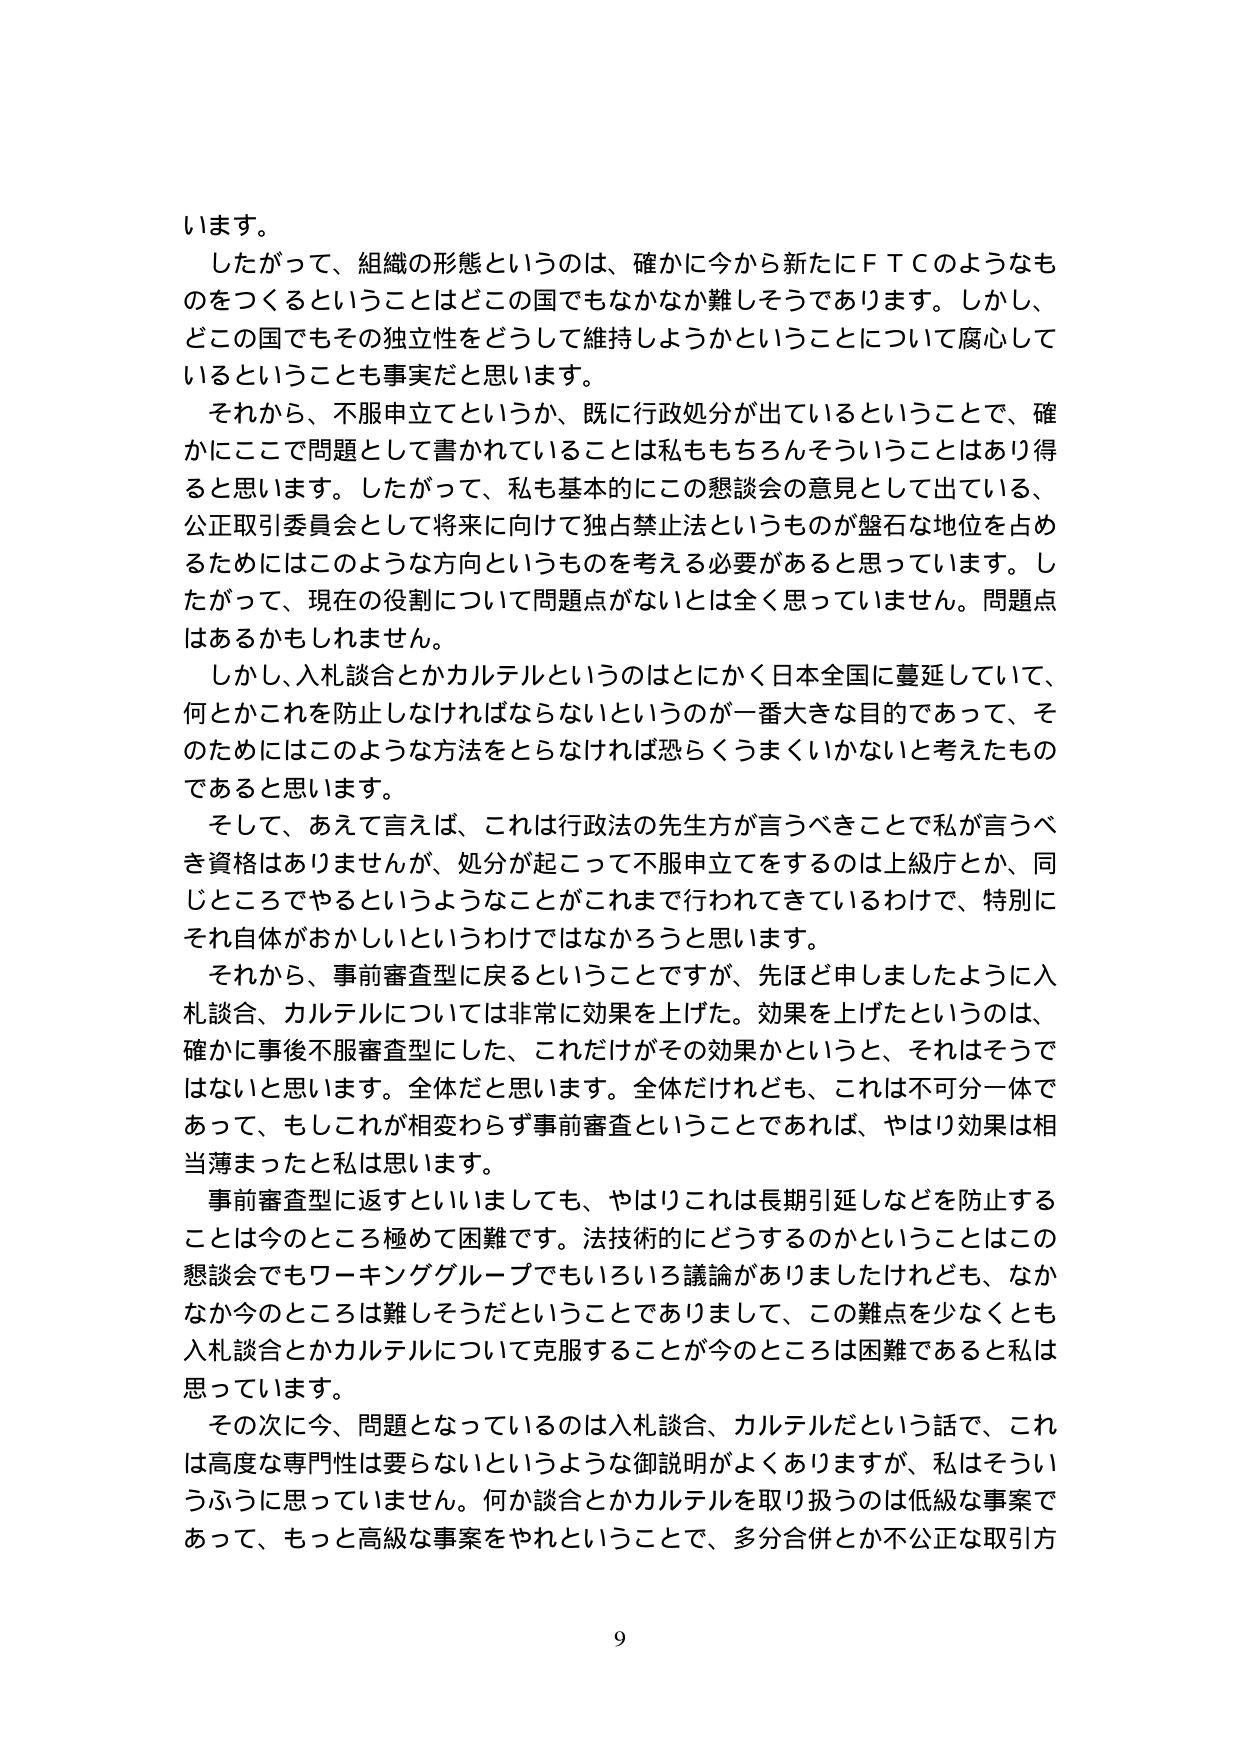
います。
したがって、組織の形態というのは、確かに今から新たにＦＴＣのようなものをつくるということはどの国でもなかなか難しそうであります。しかし、どの国でもその独立性をどうして維持しようかということについて腐心しているということも事実だと思います。
それから、不服申立てというか、既に行政処分が出ているということで、確かにここで問題として書かれていることは私ももちろんそういうことはあり得ると思います。したがって、私も基本的にこの懇談会の意見として出ている、公正取引委員会として将来に向けて独占禁止法というものが盤石な地位を占めるためにはこのような方向というものを考える必要があると思っています。したがって、現在の役割について問題点がないとは全く思っていません。問題点はあるかもしれません。
しかし、入札談合とかカルテルというのはとにかく日本全国に蔓延していて、何かこれを防止しなければならないというのが一番大きな目的であって、そのためにはこのような方法をとらなければ恐らくうまくいかないと考えたものであると思います。
そして、あえて言えば、これは行政法の先生方が言うべきことで私が言うべき資格はありませんが、処分が起こって不服申立てをするのは上級庁とか、同じところでやるというようなことがこれまで行われてきているわけで、特別にそれ自体がおかしいというわけではなかろうと思います。
それから、事前審査型に戻るということですが、先ほど申しましたように入札談合、カルテルについては非常に効果を上げた。効果を上げたというのは、確かに事後不服審査型にした、これだけがその効果かというと、それはそうではないと思います。全体だと思います。全体だけれども、これは不可分一体であって、もしこれが相変わらず事前審査ということであれば、やはり効果は相当薄まったと思います。
事前審査型に返すといいましても、やはりこれは長期引延しなどを防止することは今のところ極めて困難です。法技術的にどうするのかということはこの懇談会でもワーキンググループでもいろいろ議論がありましたけれども、なかなか今のところは難しそうだということでありますして、この難点を少なくとも入札談合とかカルテルについて克服することが今のところは困難であると思います。
その次に今、問題となっているのは入札談合、カルテルだという話で、これは高度な専門性は要らないというような御説明がよくありますが、私はそういうふうに思っていません。何か談合とかカルテルを取り扱うのは低級な事案であって、もっと高級な事案をやれということで、多分合併とか不公正な取引方
9